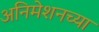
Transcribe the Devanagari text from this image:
अनिमेशनच्या